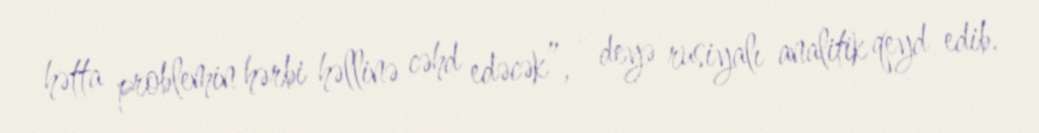
hətta problemin hərbi həllinə cəhd edəcək”, - deyə rusiyalı analitik qeyd edib.